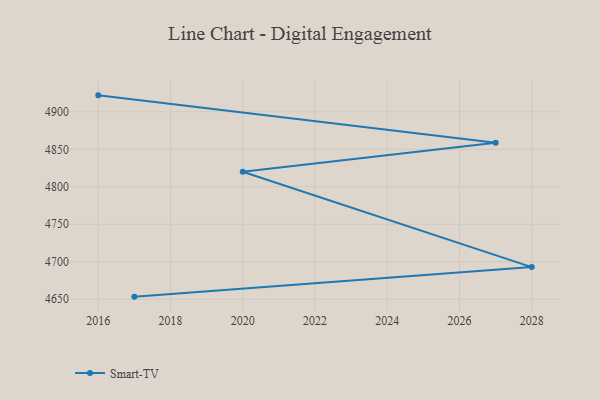
{"axis": {"x": "Year", "y": "Satisfaction Score"}, "legend": ["Smart-TV"], "data": [{"x": "2016", "y": 4922.0, "type": "Smart-TV"}, {"x": "2027", "y": 4858.9, "type": "Smart-TV"}, {"x": "2020", "y": 4820.0, "type": "Smart-TV"}, {"x": "2028", "y": 4692.8, "type": "Smart-TV"}, {"x": "2017", "y": 4653.4, "type": "Smart-TV"}]}